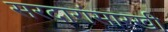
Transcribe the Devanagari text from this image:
सरदारांसारखी